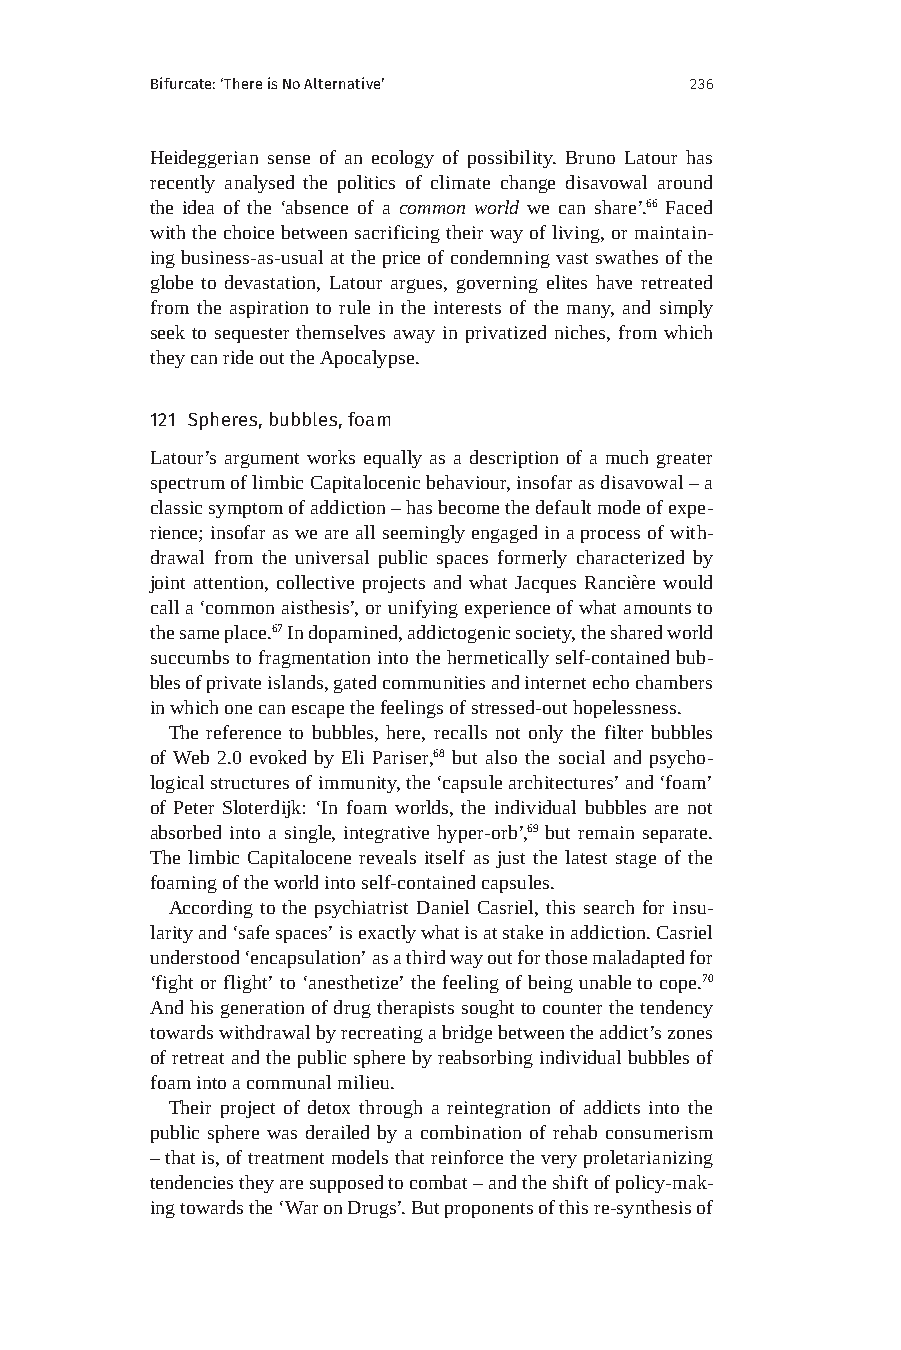
Bifurcate: ‘There is No Alternative’ 236
 Heideggerian sense of an ecology of possibility. Bruno Latour has
 recently analysed the politics of climate change disavowal around
 the idea of the ‘absence of a common world we can share’.66 Faced
 with the choice between sacrificing their way of living, or maintain-
 ing business-as-usual at the price of condemning vast swathes of the
 globe to devastation, Latour argues, governing elites have retreated
 from the aspiration to rule in the interests of the many, and simply
 seek to sequester themselves away in privatized niches, from which
 they can ride out the Apocalypse.
 121 Spheres, bubbles, foam
 Latour’s argument works equally as a description of a much greater
 spectrum of limbic Capitalocenic behaviour, insofar as disavowal – a
 classic symptom of addiction – has become the default mode of expe-
 rience; insofar as we are all seemingly engaged in a process of with-
 drawal from the universal public spaces formerly characterized by
 joint attention, collective projects and what Jacques Rancière would
 call a ‘common aisthesis’, or unifying experience of what amounts to
 the same place.67 In dopamined, addictogenic society, the shared world
 succumbs to fragmentation into the hermetically self-contained bub-
 bles of private islands, gated communities and internet echo chambers
 in which one can escape the feelings of stressed-out hopelessness.
 The reference to bubbles, here, recalls not only the filter bubbles
 of Web 2.0 evoked by Eli Pariser,68 but also the social and psycho-
 logical structures of immunity, the ‘capsule architectures’ and ‘foam’
 of Peter Sloterdijk: ‘In foam worlds, the individual bubbles are not
 absorbed into a single, integrative hyper-orb’,69 but remain separate.
 The limbic Capitalocene reveals itself as just the latest stage of the
 foaming of the world into self-contained capsules.
 According to the psychiatrist Daniel Casriel, this search for insu-
 larity and ‘safe spaces’ is exactly what is at stake in addiction. Casriel
 understood ‘encapsulation’ as a third way out for those maladapted for
 ‘fight or flight’ to ‘anesthetize’ the feeling of being unable to cope.70
 And his generation of drug therapists sought to counter the tendency
 towards withdrawal by recreating a bridge between the addict’s zones
 of retreat and the public sphere by reabsorbing individual bubbles of
 foam into a communal milieu.
 Their project of detox through a reintegration of addicts into the
 public sphere was derailed by a combination of rehab consumerism
 – that is, of treatment models that reinforce the very proletarianizing
 tendencies they are supposed to combat – and the shift of policy-mak-
 ing towards the ‘War on Drugs’. But proponents of this re-synthesis of